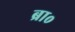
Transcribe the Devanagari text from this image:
ब्रा०